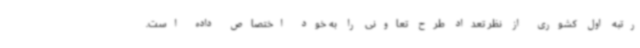
رتبه اول کشوری از نظر تعداد طرح تعاونی را به خود اختصاص داده است.